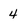
Character: 4